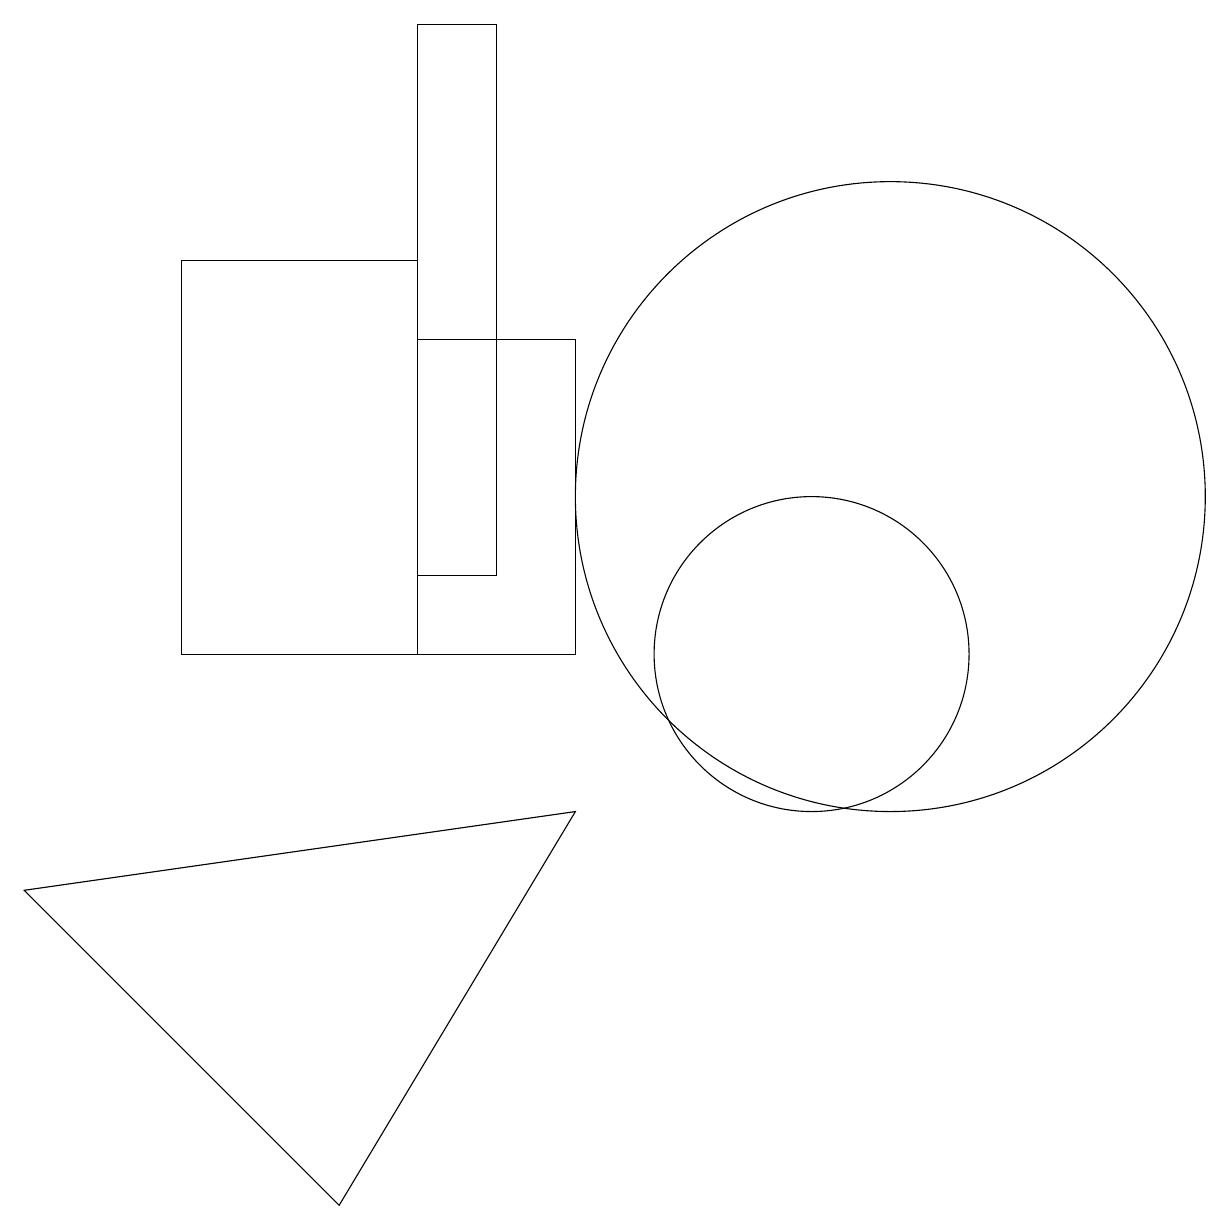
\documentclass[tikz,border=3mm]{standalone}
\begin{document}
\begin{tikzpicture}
\draw (3,15) rectangle (6,10);
\draw (12,12) circle (4);
\draw (8,10) rectangle (6,14);
\draw (1,7) -- (5,3) -- (8,8) -- cycle;
\draw (11,10) circle (2);
\draw (6,18) rectangle (7,11);
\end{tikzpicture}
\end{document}